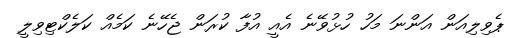
ޕެވިލިއަން އަންނަ މަހު ހުޅުވޭނެ އެއީ އުފާ ކުރަން ޖެހޭނެ ކަމެއް ކަލެކްޓިވިލީ